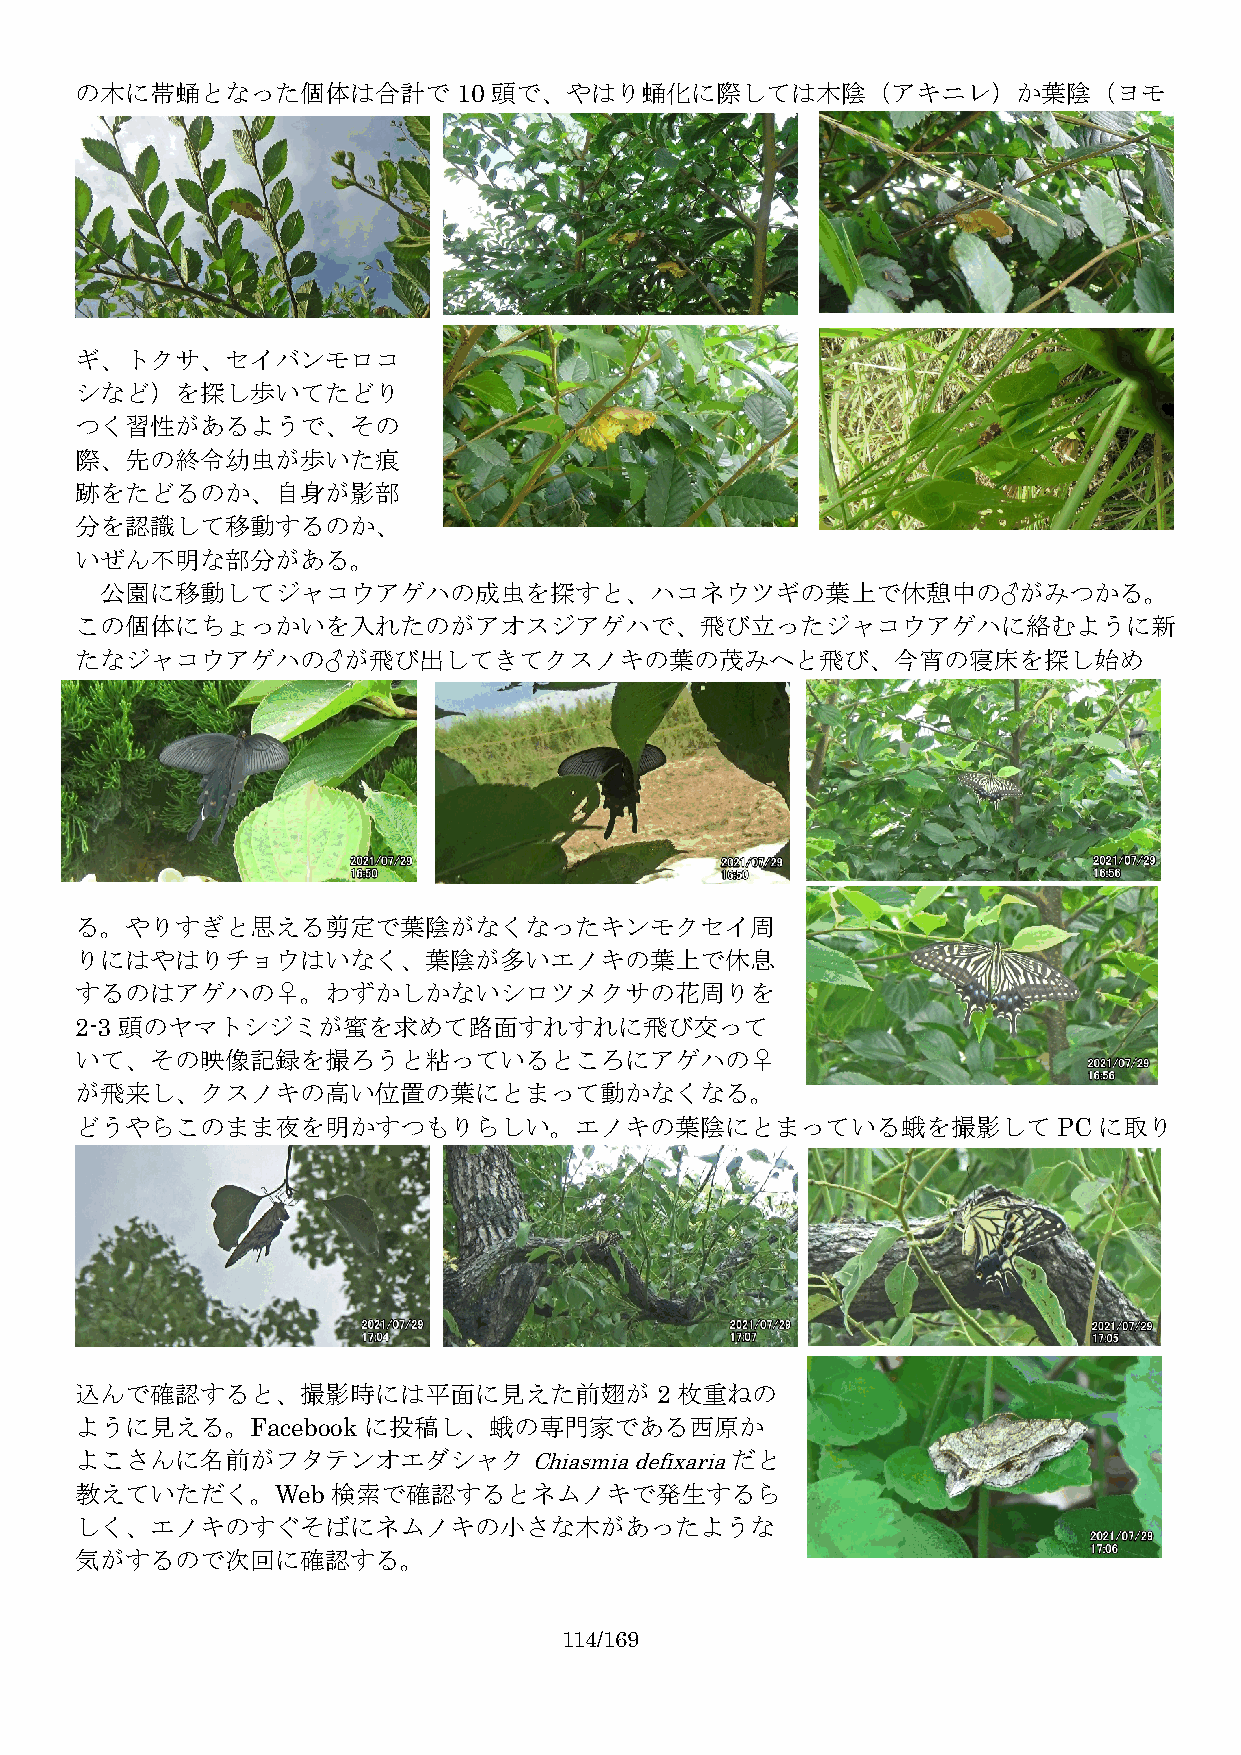
の木に帯蛹となった個体は合計で10          頭で、やはり蛹化に際しては木陰（アキニレ）か葉陰（ヨモ
 ギ、トクサ、セイバンモロコ
 シなど）を探し歩いてたどり
 つく習性があるようで、その
 際、先の終令幼虫が歩いた痕
 跡をたどるのか、自身が影部
 分を認識して移動するのか、
 いぜん不明な部分がある。
 公園に移動してジャコウアゲハの成虫を探すと、ハコネウツギの葉上で休憩中の♂がみつかる。
 この個体にちょっかいを入れたのがアオスジアゲハで、飛び立ったジャコウアゲハに絡むように新
 たなジャコウアゲハの♂が飛び出してきてクスノキの葉の茂みへと飛び、今宵の寝床を探し始め
 る。やりすぎと思える剪定で葉陰がなくなったキンモクセイ周
 りにはやはりチョウはいなく、葉陰が多いエノキの葉上で休息
 するのはアゲハの♀。わずかしかないシロツメクサの花周りを
 2-3 頭のヤマトシジミが蜜を求めて路面すれすれに飛び交って
 いて、その映像記録を撮ろうと粘っているところにアゲハの♀
 が飛来し、クスノキの高い位置の葉にとまって動かなくなる。
 どうやらこのまま夜を明かすつもりらしい。エノキの葉陰にとまっている蛾を撮影してPCに取り
 込んで確認すると、撮影時には平面に見えた前翅が2                枚重ねの
 ように見える。Facebookに投稿し、蛾の専門家である西原か
 よこさんに名前がフタテンオエダシャク                         だと
 Chiasmia defixaria
 教えていただく。Web      検索で確認するとネムノキで発生するら
 しく、エノキのすぐそばにネムノキの小さな木があったような
 気がするので次回に確認する。
 114/169